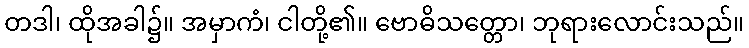
တဒါ၊ ထိုအခါ၌။ အမှာကံ၊ ငါတို့၏။ ဗောဓိသတ္တော၊ ဘုရားလောင်းသည်။